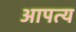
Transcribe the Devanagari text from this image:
आपत्य